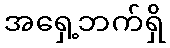
အရှေ့ဘက်ရှိ